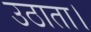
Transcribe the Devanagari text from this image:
उठाता।